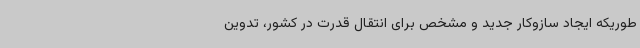
طوریکه ایجاد سازوکار جدید و مشخص برای انتقال قدرت در کشور، تدوین